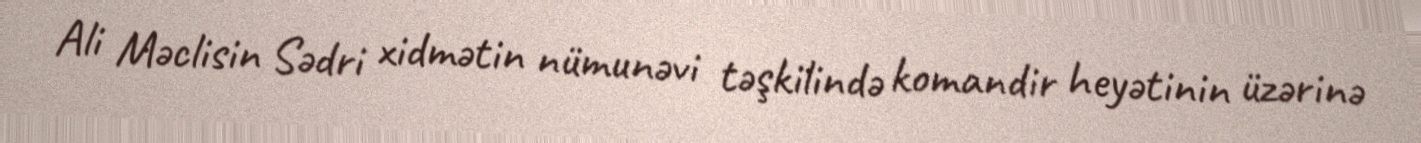
Ali Məclisin Sədri xidmətin nümunəvi təşkilində komandir heyətinin üzərinə